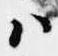
ハ